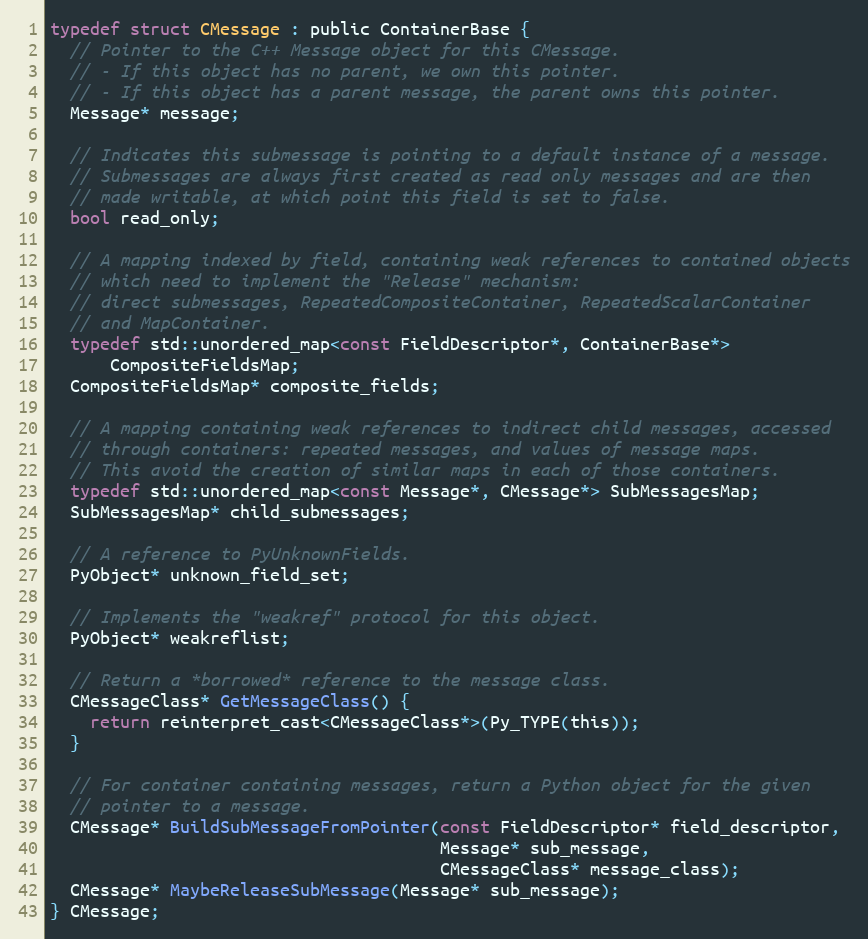
Language: C
typedef struct CMessage : public ContainerBase {
  // Pointer to the C++ Message object for this CMessage.
  // - If this object has no parent, we own this pointer.
  // - If this object has a parent message, the parent owns this pointer.
  Message* message;

  // Indicates this submessage is pointing to a default instance of a message.
  // Submessages are always first created as read only messages and are then
  // made writable, at which point this field is set to false.
  bool read_only;

  // A mapping indexed by field, containing weak references to contained objects
  // which need to implement the "Release" mechanism:
  // direct submessages, RepeatedCompositeContainer, RepeatedScalarContainer
  // and MapContainer.
  typedef std::unordered_map<const FieldDescriptor*, ContainerBase*>
      CompositeFieldsMap;
  CompositeFieldsMap* composite_fields;

  // A mapping containing weak references to indirect child messages, accessed
  // through containers: repeated messages, and values of message maps.
  // This avoid the creation of similar maps in each of those containers.
  typedef std::unordered_map<const Message*, CMessage*> SubMessagesMap;
  SubMessagesMap* child_submessages;

  // A reference to PyUnknownFields.
  PyObject* unknown_field_set;

  // Implements the "weakref" protocol for this object.
  PyObject* weakreflist;

  // Return a *borrowed* reference to the message class.
  CMessageClass* GetMessageClass() {
    return reinterpret_cast<CMessageClass*>(Py_TYPE(this));
  }

  // For container containing messages, return a Python object for the given
  // pointer to a message.
  CMessage* BuildSubMessageFromPointer(const FieldDescriptor* field_descriptor,
                                       Message* sub_message,
                                       CMessageClass* message_class);
  CMessage* MaybeReleaseSubMessage(Message* sub_message);
} CMessage;